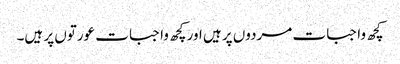
کچھ واجبات مردوں پر ہیں اور کچھ واجبات عورتوں پر ہیں۔